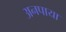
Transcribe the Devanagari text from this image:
अनपाया